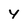
Character: 4